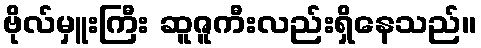
ဗိုလ်မှူးကြီး ဆူဇူကီးလည်းရှိနေသည်။